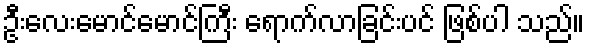
ဦးလေးမောင်မောင်ကြီး ရောက်လာခြင်းပင် ဖြစ်ပါ သည်။